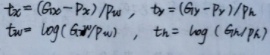
\[\begin{align*}
t_x&=(G_{wx}-P_{wx})/P_w\\
t_y&=(G_{wy}-P_{wy})/P_h\\
t_w&=\log(G_w/P_w)\\
t_h&=\log(G_h/P_h)
\end{align*}\]